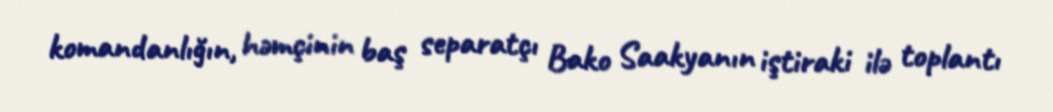
komandanlığın, həmçinin baş separatçı Bako Saakyanın iştiraki ilə toplantı